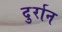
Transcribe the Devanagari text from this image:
दुर्रान